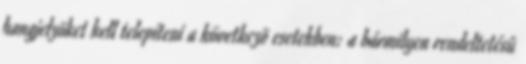
hangjelzõket kell telepíteni a következõ esetekben: a bármilyen rendeltetésû